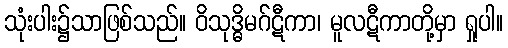
သုံးပါး၌သာဖြစ်သည်။ ဝိသုဒ္ဓိမဂ်ဋီကာ၊ မူလဋီကာတို့မှာ ရှုပါ။